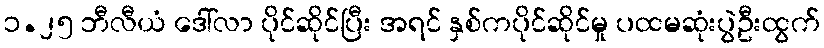
၁.၂၅ ဘီလီယံ ဒေါ်လာ ပိုင်ဆိုင်ပြီး အရင် နှစ်ကပိုင်ဆိုင်မှု ပထမဆုံးပွဲဦးထွက်